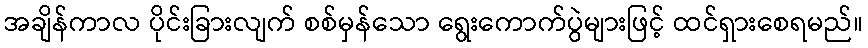
အချိန်ကာလ ပိုင်းခြားလျက် စစ်မှန်သော ရွေးကောက်ပွဲများဖြင့် ထင်ရှားစေရမည်။